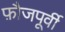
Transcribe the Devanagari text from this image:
फ़ौजपूर्वी